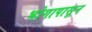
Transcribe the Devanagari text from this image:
भोगापासून